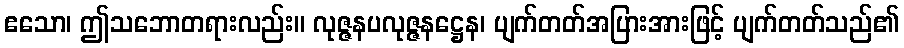
ဧသော၊ ဤသဘောတရားလည်း။ လုဇ္ဇနပလုဇ္ဇနဋ္ဌေန၊ ပျက်တတ်အပြားအားဖြင့် ပျက်တတ်သည်၏